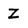
Character: Z